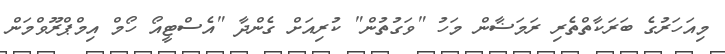
މިއަހަރުގެ ބަރަކާތްތެރި ރަމަޟާން މަހު "ވަގުތުން" ކުރިއަށް ގެންދާ "އެސްޓީއޯ ހޯމް އިމްޕްރޫވްމަން